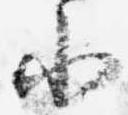
小